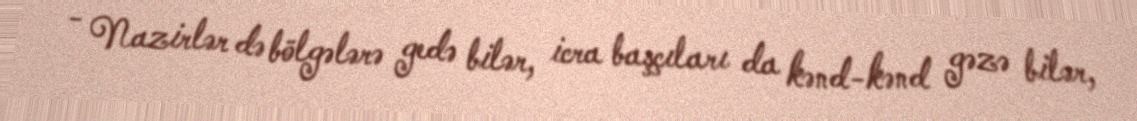
- Nazirlər də bölgələrə gedə bilər, icra başçıları da kənd-kənd gəzə bilər,